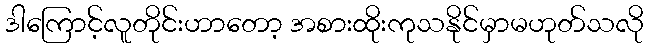
ဒါကြောင့်လူတိုင်းဟာတော့ အစားထိုးကုသနိုင်မှာမဟုတ်သလို